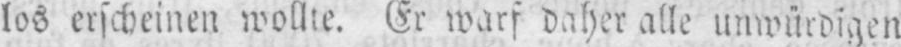
los erscheinen wollte. Er warf daher alle unwürdigen